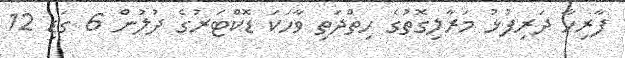
ފާރިހާ ދަރިފުޅު މަރާލިގޮތުގެ ހިތްދަތި ވާހަކަ ޑޮކްޓަރުގެ ދުލުން 6 ގަޑި 12